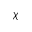
\chi